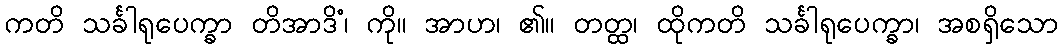
ကတိ သင်္ခါရုပေက္ခာ တိအာဒိံ၊ ကို။ အာဟ၊ ၏။ တတ္ထ၊ ထိုကတိ သင်္ခါရုပေက္ခာ၊ အစရှိသော